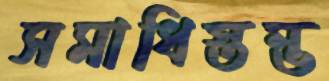
সমাধিস্তম্ভ